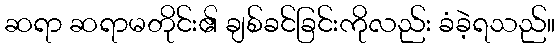
ဆရာ ဆရာမတိုင်း၏ ချစ်ခင်ခြင်းကိုလည်း ခံခဲ့ရသည်။